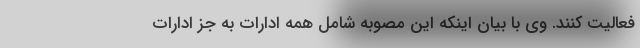
فعالیت کنند. وی با بیان اینکه این مصوبه شامل همه ادارات به جز ادارات